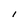
Character: I